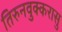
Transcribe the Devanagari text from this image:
तिरुनवुक्करासु